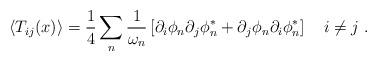
LaTeX: \begin{align*}\left\langle T_{ij}(x)\right\rangle =\frac{1}{4}\sum_{n}\frac{1}{\omega _{n}}\left[ \partial _{i}\phi _{n}\partial _{j}\phi _{n}^{*}+\partial _{j}\phi_{n}\partial _{i}\phi _{n}^{*}\right] \quad i\neq j\ . \end{align*}